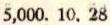
5,000. 10. 28